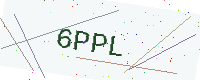
Text: 6PPL